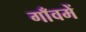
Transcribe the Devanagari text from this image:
गाँवमें